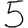
Digit: 5